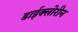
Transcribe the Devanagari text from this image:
डाईक्लोरीन